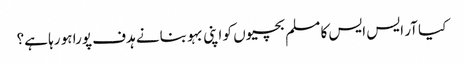
کیا آر ایس ایس کا مسلم بچیوں کو اپنی بہو بنانے ہدف پورا ہو رہا ہے؟